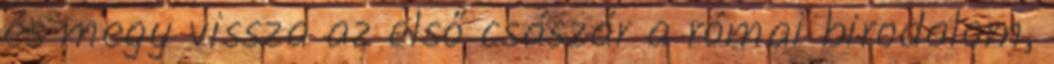
és megy vissza az első császár a római birodalom,